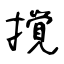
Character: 撹